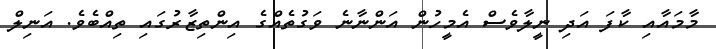
މާމައާއި ކާފަ އަދި ނީލާވެސް އެމީހުން އަންނާނެ ވަގުތެއްގެ އިންތިޒާރުގައި ތިއްބެވެ. އަނިލް